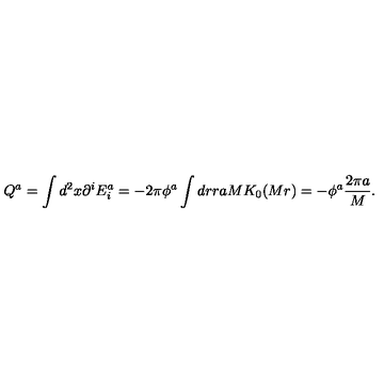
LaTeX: Q ^ { a } = \int d ^ { 2 } x \partial ^ { i } E _ { i } ^ { a } = - 2 \pi \phi ^ { a } \int d r r a M K _ { 0 } ( M r ) = - \phi ^ { a } \frac { 2 \pi a } { M } .